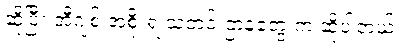
ဆိုပြီး အီဂျစ် အစိုးရ သတင်းဌာနတွေ က ဆိုပါတယ်။